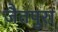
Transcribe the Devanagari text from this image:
जैतपुरा